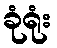
ခုံရုံး